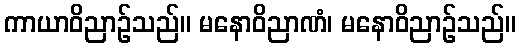
ကာယာဝိညာဉ်သည်။ မနောဝိညာဏံ၊ မနောဝိညာဉ်သည်။